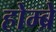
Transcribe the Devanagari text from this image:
होम्ब्रे